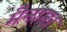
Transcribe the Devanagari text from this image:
मैनामर